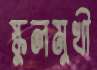
স্কুলমুখী